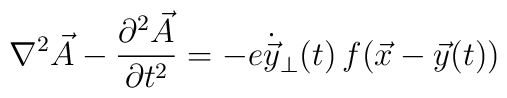
\nabla^2 \vec{A} - {\partial^2 \vec{A} \over \partial t^2}= - e \dot{\vec{y}}_\perp (t) \, f(\vec{x}-\vec{y}(t))